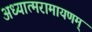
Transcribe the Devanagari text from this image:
अध्यात्मरामायणम्